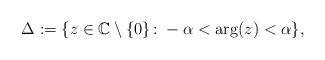
LaTeX: \begin{align*} \Delta:=\lbrace z\in\mathbb{C}\setminus\lbrace 0\rbrace\colon -\alpha<\arg(z)<\alpha\rbrace,\end{align*}